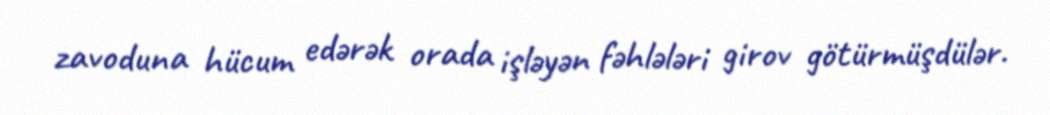
zavoduna hücum edərək orada işləyən fəhlələri girov götürmüşdülər.